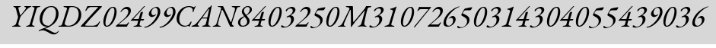
YIQDZ02499CAN8403250M31072650314304055439036